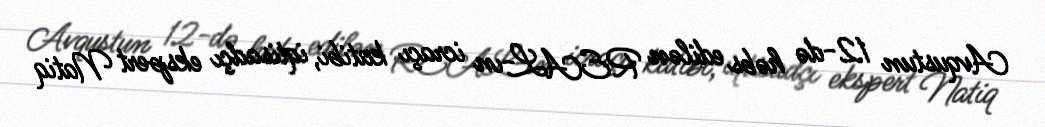
Avqustun 12-də həbs edilən REAL-ın icraçı katibi, iqtisadçı ekspert Natiq